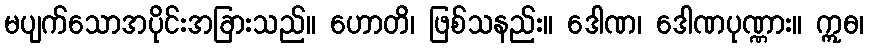
မပျက်သောအပိုင်းအခြားသည်။ ဟောတိ၊ ဖြစ်သနည်း။ ဒေါဏ၊ ဒေါဏပုဏ္ဏား။ ဣဓ၊